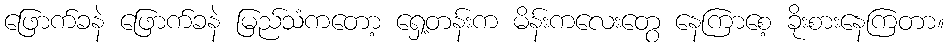
ဖြောက်ခနဲ ဖြောက်ခနဲ မြည်သံကတော့ ရှေ့တန်းက မိန်းကလေးတွေ နေကြာစေ့ ခိုးစားနေကြတာ။